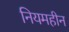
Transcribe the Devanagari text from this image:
नियमहीन